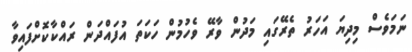
ނަމަވެސް މިދިޔަ އަހަރު ތެރޭގައި މަދުން ވާރޭ ވެހުމުން ހަކަތަ އުފައްދަން ރައްކާކޮށްފައިވާ